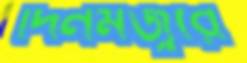
দিনমজুরে